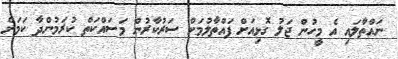
ނައްތާލައި އެ މީހުން ޖަލު ގޮޅިއަށް ފައްތާލުމަށް ސަރުކާރުން މަސައްކަތް ކުރަމުންދާ ކަމަށް